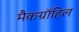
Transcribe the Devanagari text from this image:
मैकग्रॉहिल